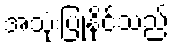
အသုံးပြုနိုင်သည်